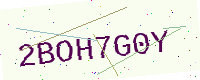
Text: 2BOH7G0Y